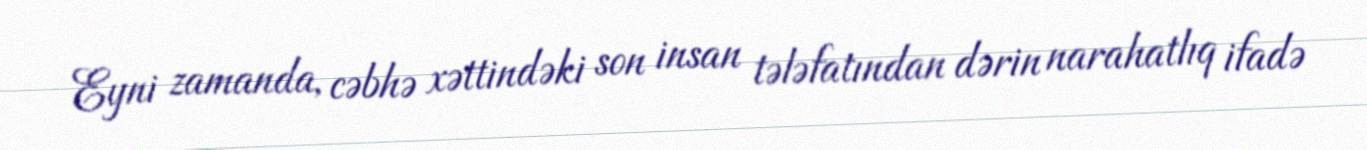
Eyni zamanda, cəbhə xəttindəki son insan tələfatından dərin narahatlıq ifadə